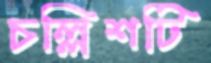
চল্লিশটি